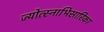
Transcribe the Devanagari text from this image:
ज्योत्स्नाभिसारिका